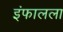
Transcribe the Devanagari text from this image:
इंफालला